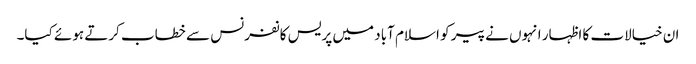
ان خیالات کا اظہار انہوں نے پیر کو اسلام آباد میں پریس کانفرنس سے خطاب کرتے ہوئے کیا۔